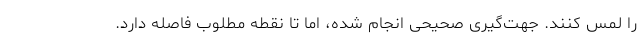
را لمس کنند. جهت‌گیری صحیحی انجام شده، اما تا نقطه مطلوب فاصله دارد.